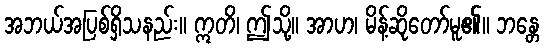
အဘယ်အပြစ်ရှိသနည်း။ ဣတိ၊ ဤသို့။ အာဟ၊ မိန့်ဆိုတော်မူ၏။ ဘန္တေ